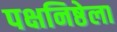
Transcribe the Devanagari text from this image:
पक्षनिष्ठेला